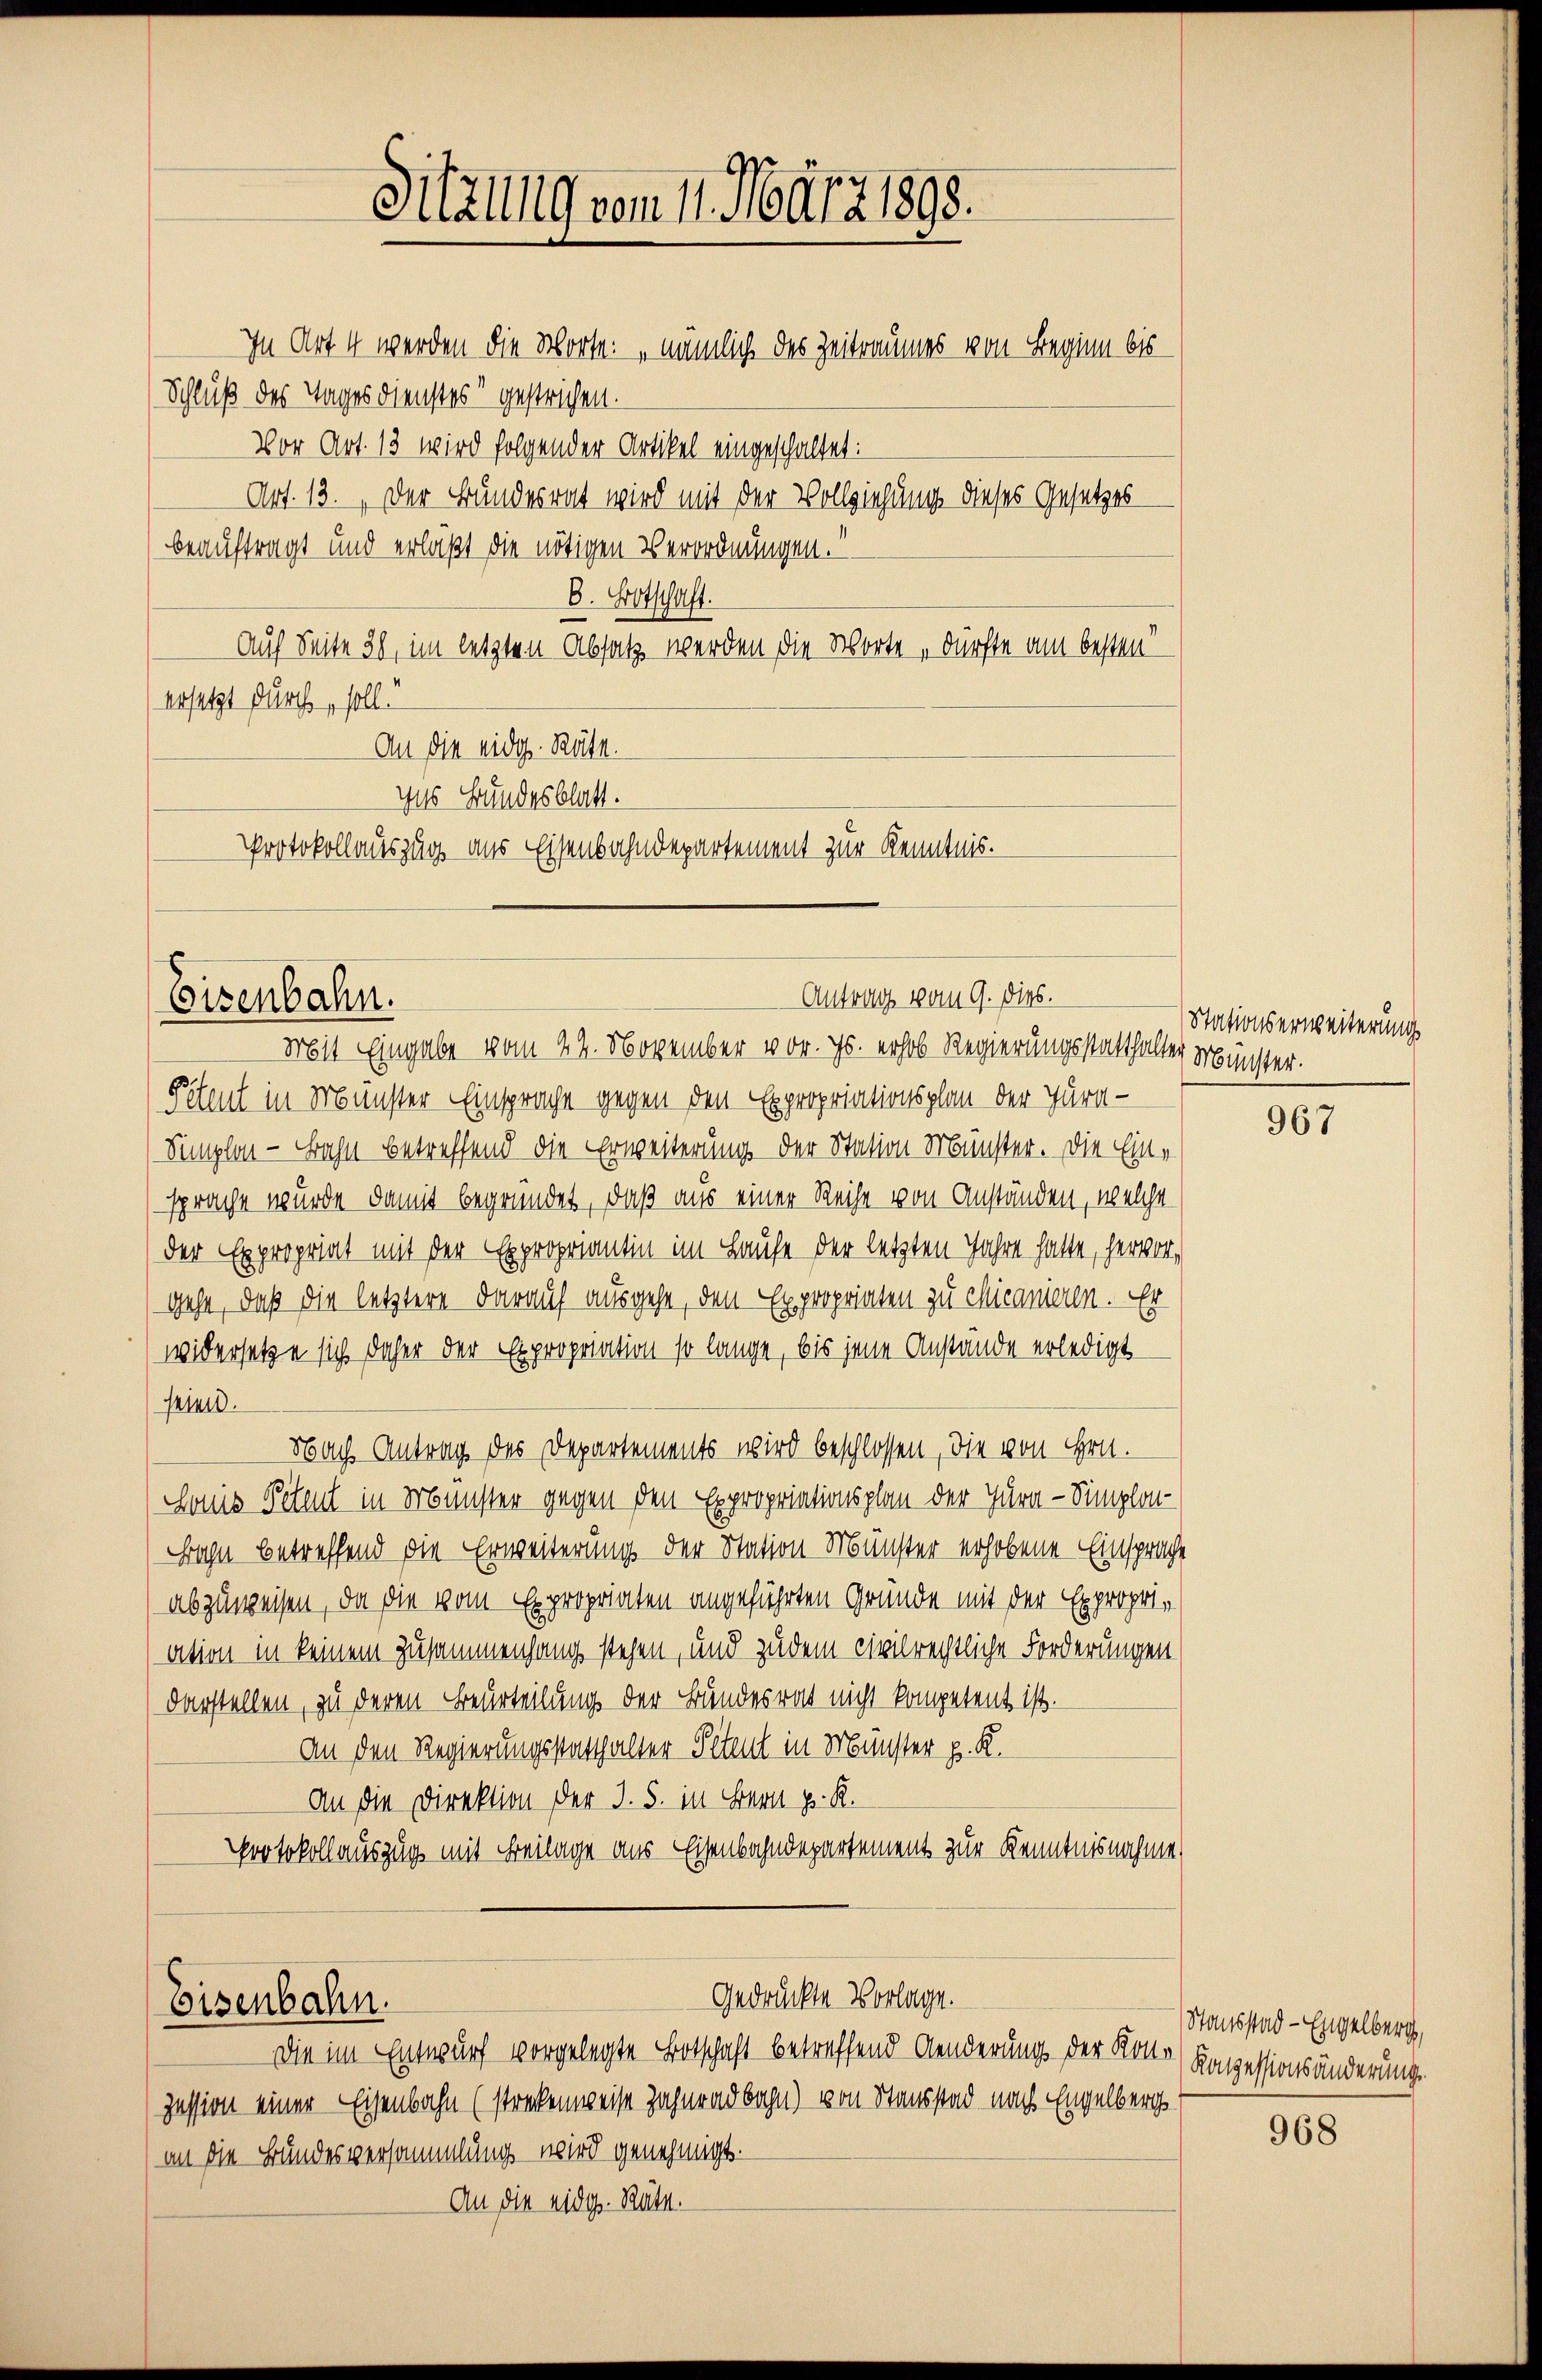
ersetzt durch, soll.
An die eidg. Räte.
Das Bundesblatt.
Protokollauszug aus Eisenbahndepartement zur Kenntnis.

Eisenbahn.

Mit Eingabe vom 22. November vor. Js. erhob Regierungsstatthalter Münster.
Petent in Münster Einsprache gegen den Expropriationsplan der Jura¬
Simplen - Bahn betreffend die Erweiterung der Station Münster. Die Einsprache wurde damit begründet, daß aus einer Reihe von Anständen, welche
der Expropriat mit der Expropriantin im Hause der letzten Jahre hatte, hervor,
gehe, daß die letztere darauf ausgehe, den Expropriaten zu Chicanieren. Er
widersetze sich daher der Expropriation so lange, bis jene Anstände erledigt
sein.
Nach Antrag des Departements wird beschlossen, die von Hrn.
Sonis Petent in Münster gegen den Expropriationsplan der Jura - Simplon¬
Bahn betreffend die Erweiterung der Nation Münster erhobene Einsprache
abzuweisen, da die vom Expropriaten angeführten Gründe mit der Expropriation in keinem Zusammenhang stehen, und zudem civilrechtliche Forderungen
darstellen, zu deren Beurteilung der Bundesrat nicht kompetent ist.
An den Regierungsstatthalter Petent in Münster p. K.
An die Direktion der J. S. in Bern pr. K.
Protokollauszug mit Beilage aus Eisenbahndepartement zur Kenntnisnahme

Eisenbahn.

Sitzung vom 11. März 1898.
In Art 4 werden die Worte: „nämlich des Zeitraumes von Beginn bis
Schluß des Tages dienstes“ gestrichen.
Vor Art. 13 wird folgender Artikel eingeschaltet:
Art. 13. Der Bundesrat wird mit der Vollziehung dieses Gesetzes
beauftragt und erläßt die nötigen Verordnungen.
B. Frotschaft.
Auf Seite 38, im letzten Absatz werden die Worte „dürfte am besten

Antrag vom 9. Dies.

Gedrückte Vorlage.

Die im Entwurf vorgelegte Botschaft betreffend Aenderung der Konto) Konzessionsänderung
zession einer Eisenbahn (streckenweise Zahnradbahn) von Stausstad nach Engelberg
an die Bundesversammlung wird genehmigt.
An die eidg. Räte.

Stationserweiterung

967

Stausstad - Engelberg,

968